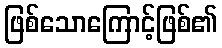
ဖြစ်သောကြောင့်ဖြစ်၏